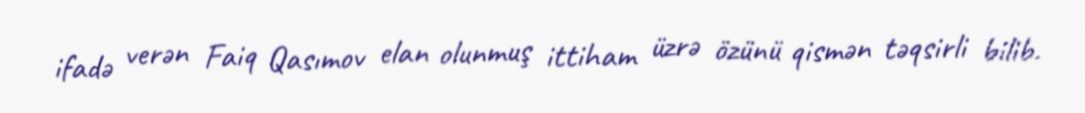
ifadə verən Faiq Qasımov elan olunmuş ittiham üzrə özünü qismən təqsirli bilib.